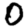
Digit: 0